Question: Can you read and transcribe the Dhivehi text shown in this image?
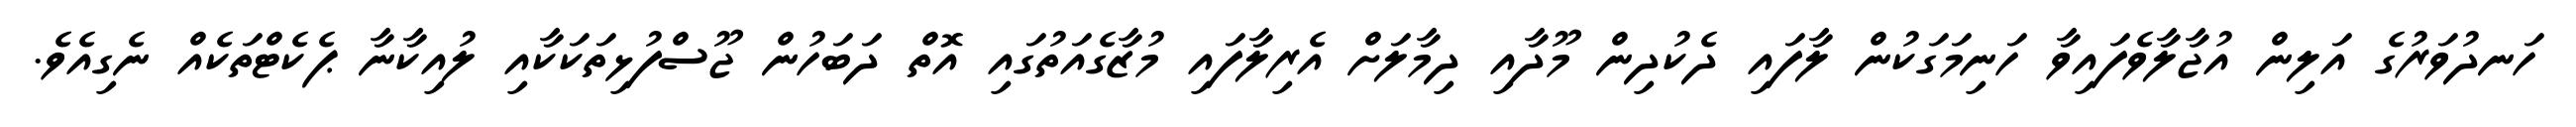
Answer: ހަނދުވަރުގެ އަލިން އުޖާލާވެފައިވާ ހަނިމަގަކުން ލާފައި ދެކުދިން މޫދާއި ދިމާލަށް އެރިލާފައި މުޒާގެއަތުގައި އޮތް ދަބަހުން ޖޫސްފުޅިތަކަކާއި ލުއިކާނާ ޕެކެޓްތަކެއް ނެގިއެވެ.